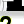
Digit: 2